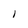
Character: I